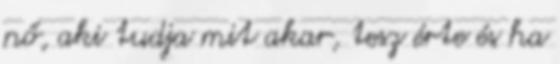
nő, aki tudja mit akar, tesz érte és ha